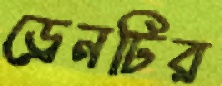
ড্রেনটির